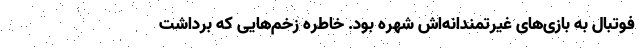
فوتبال به بازی‌های غیرتمندانه‌اش شهره بود. خاطره زخم‌هایی که برداشت